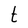
Character: t